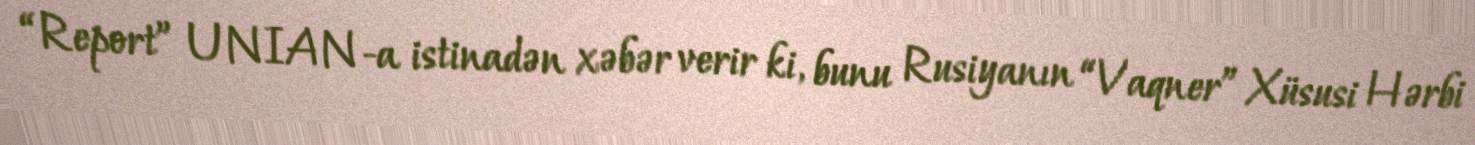
“Report” UNIAN-a istinadən xəbər verir ki, bunu Rusiyanın “Vaqner” Xüsusi Hərbi